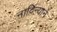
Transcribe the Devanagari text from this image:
नाविन्याने